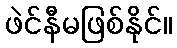
ဖဲင်နီမဖြစ်နိုင်။